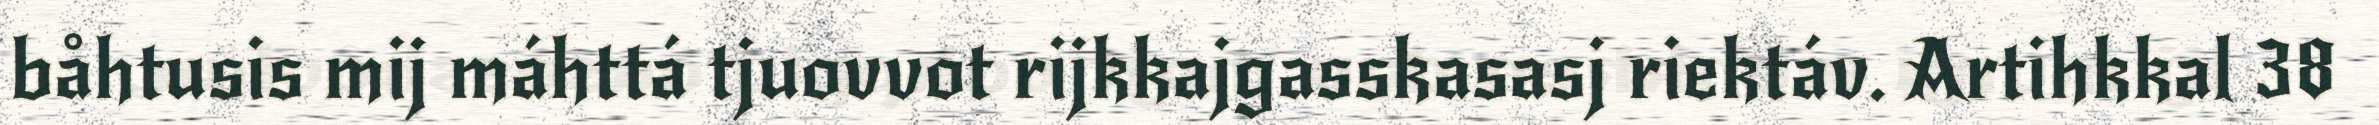
båhtusis mij máhttá tjuovvot rijkkajgasskasasj riektáv. Artihkkal 38